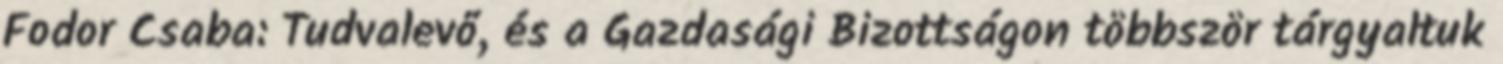
Fodor Csaba: Tudvalevő, és a Gazdasági Bizottságon többször tárgyaltuk